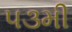
૫૩મી